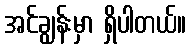
အင်ချွန်းမှာ ရှိပါတယ်။